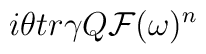
i \theta tr \gamma Q {\cal F} (\omega)^n